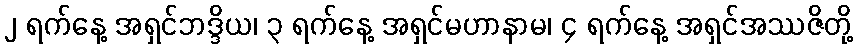
၂ ရက်နေ့ အရှင်ဘဒ္ဒိယ၊ ၃ ရက်နေ့ အရှင်မဟာနာမ၊ ၄ ရက်နေ့ အရှင်အဿဇိတို့